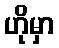
ဟိုမှာ